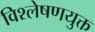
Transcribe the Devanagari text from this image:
विश्लेषणयुक्त